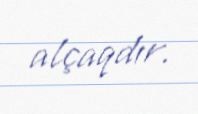
alçaqdır.